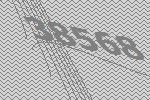
38568